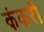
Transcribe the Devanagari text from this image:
कंकरी